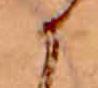
か